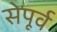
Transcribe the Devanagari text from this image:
सेपूर्व